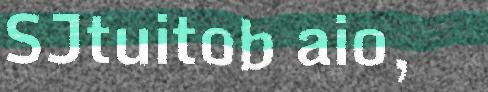
SJtuitob aio,